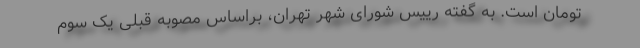
تومان است. به گفته رییس شورای شهر تهران، براساس مصوبه قبلی یک سوم